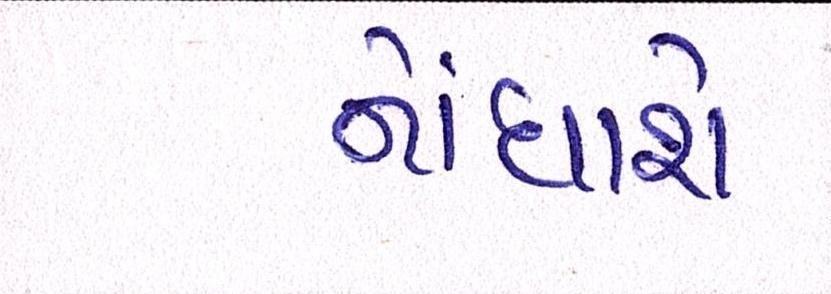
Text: નોંધાશે